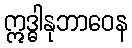
ဣဒ္ဓါနုဘာဝေန